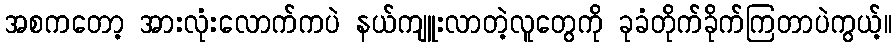
အစကတော့ အားလုံးလောက်ကပဲ နယ်ကျူးလာတဲ့လူတွေကို ခုခံတိုက်ခိုက်ကြတာပဲကွယ့်။